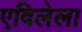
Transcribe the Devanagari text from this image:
एविलेला